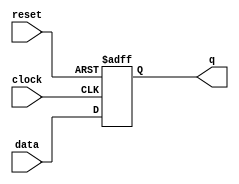
module d_ff(
  input wire data,
  input wire clock,
  input wire reset,
  output reg q
    );

always @(posedge clock or posedge reset)
if (reset) begin
  q <= 1'b0;
end else begin
  q <= data;
end

endmodule